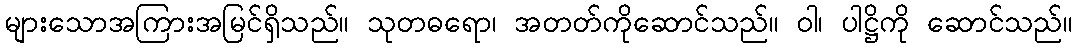
များသောအကြားအမြင်ရှိသည်။ သုတဓရော၊ အတတ်ကိုဆောင်သည်။ ဝါ၊ ပါဋ္ဌိကို ဆောင်သည်။